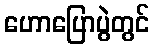
ဟောပြောပွဲတွင်